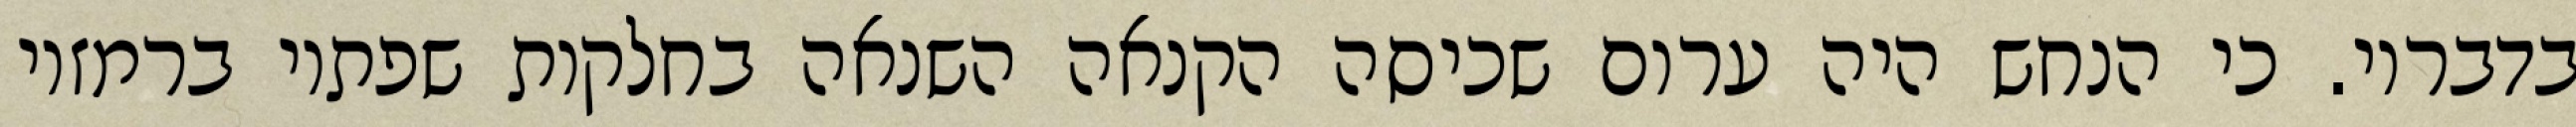
בדבריו. כי הנחש היה ערום שכיסה הקנאה השנאה בחלקות שפתיו ברמזיו